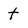
Character: t